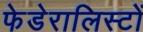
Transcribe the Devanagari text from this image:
फेडेरालिस्टों